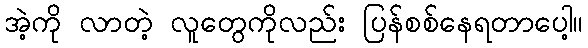
အဲ့ကို လာတဲ့ လူတွေကိုလည်း ပြန်စစ်နေရတာပေါ့။